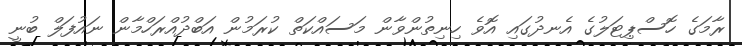
ރާމަގެ ހޮސްޕިޓަލުގެ އެނދުގައި އޮވެ ހިނިތުންވާން މަސައްކަތް ކުރަމުން އަބްދުއްރަހްމާން ނައުފަލް ބުނީ